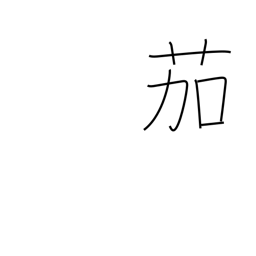
Meaning: eggplant